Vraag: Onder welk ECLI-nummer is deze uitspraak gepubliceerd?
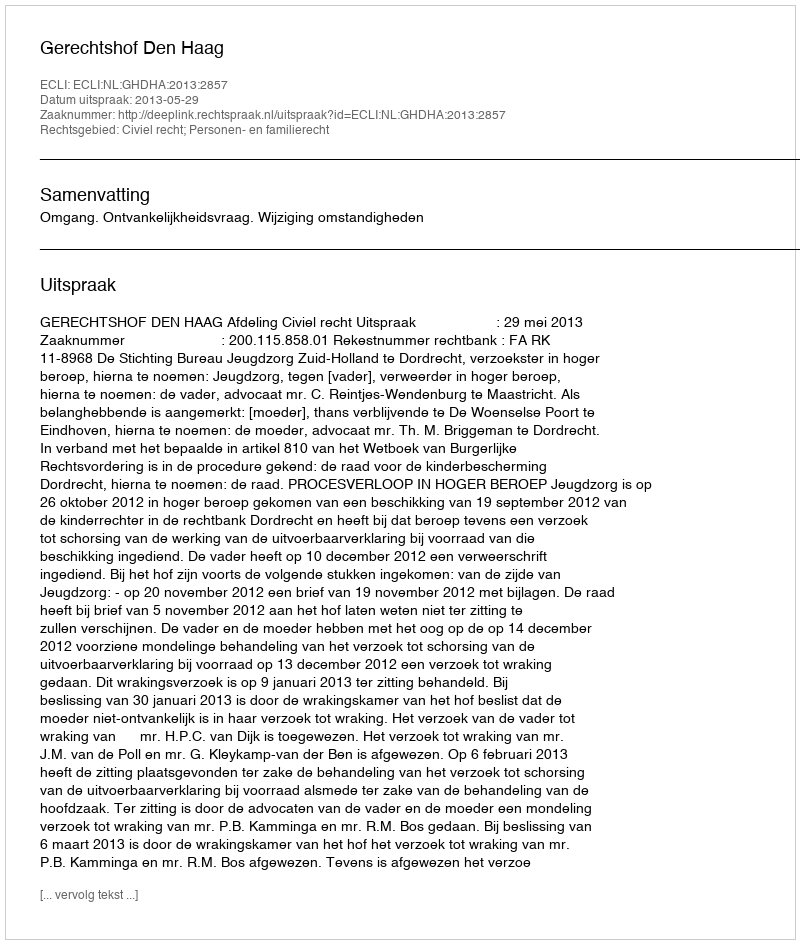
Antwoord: ECLI:NL:GHDHA:2013:2857